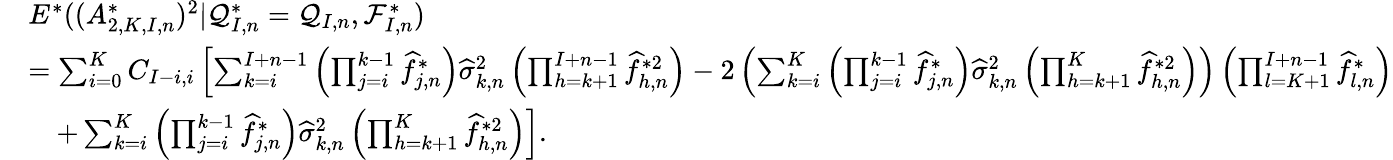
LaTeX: \begin{array}{rl}&{E^{*}((A_{2,K,I,n}^{*})^{2}|\mathcal{Q}_{I,n}^{*}=\mathcal{Q}_{I,n},\mathcal{F}_{I,n}^{*})}\\ &{=\sum_{i=0}^{K}C_{I-i,i}\left[\sum_{k=i}^{I+n-1}\left(\prod_{j=i}^{k-1}\widehat f_{j,n}^{*}\right)\widehat\sigma_{k,n}^{2}\left(\prod_{h=k+1}^{I+n-1}\widehat f_{h,n}^{*2}\right)-2\left(\sum_{k=i}^{K}\left(\prod_{j=i}^{k-1}\widehat f_{j,n}^{*}\right)\widehat\sigma_{k,n}^{2}\left(\prod_{h=k+1}^{K}\widehat f_{h,n}^{*2}\right)\right)\left(\prod_{l=K+1}^{I+n-1}\widehat f_{l,n}^{*}\right)\right.}\\ &{\quad+\left.\sum_{k=i}^{K}\left(\prod_{j=i}^{k-1}\widehat f_{j,n}^{*}\right)\widehat\sigma_{k,n}^{2}\left(\prod_{h=k+1}^{K}\widehat f_{h,n}^{*2}\right)\right].}\end{array}